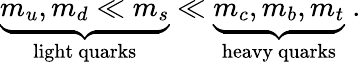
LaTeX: \underbrace{m_{u},m_{d}\ll m_{s}}_{\mathrm{light~quarks}}\ll\underbrace{m_{c},m_{b},m_{t}}_{\mathrm{heavy~quarks}}\; .